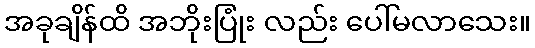
အခုချိန်ထိ အဘိုးပြုံး လည်း ပေါ်မလာသေး။